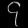
Digit: ၄